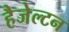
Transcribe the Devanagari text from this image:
हैजेल्टन